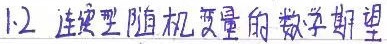
1.2 连续型随机变量的数学期望